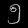
Digit: ၅